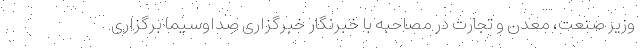
وزیر صنعت، معدن و تجارت در مصاحبه با خبرنگار خبرگزاری صداوسیما برگزاری